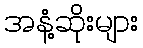
အနံ့ဆိုးများ